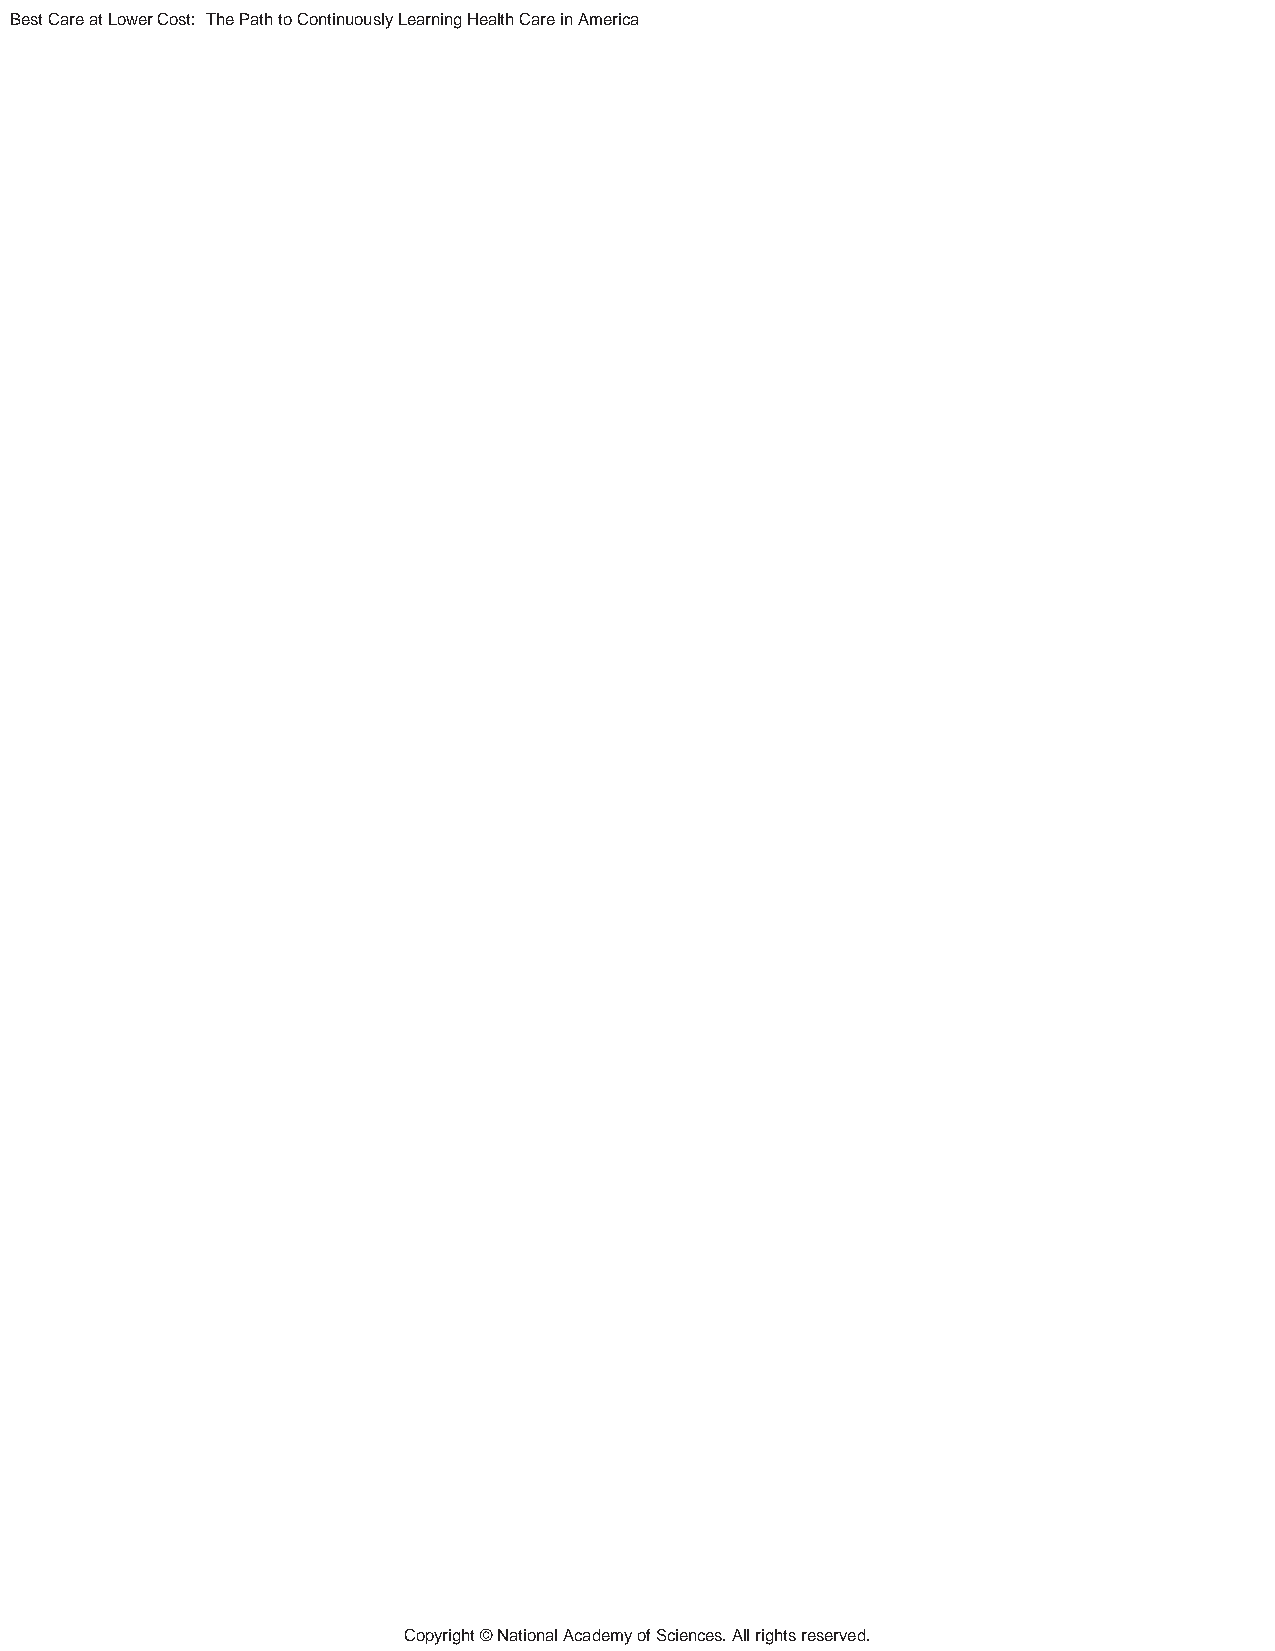
Best Care at Lower Cost: The Path to Continuously Learning Health Care in America
 Copyright © National Academy of Sciences. All rights reserved.